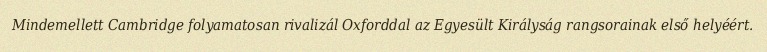
Mindemellett Cambridge folyamatosan rivalizál Oxforddal az Egyesült Királyság rangsorainak első helyéért.